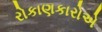
રોકાણકારોએ